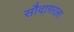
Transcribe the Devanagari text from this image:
सौदागरला